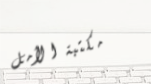
مكتبة الأمل